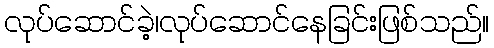
လုပ်ဆောင်ခဲ့၊လုပ်ဆောင်နေခြင်းဖြစ်သည်။